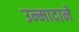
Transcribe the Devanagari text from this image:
उन्मादाने